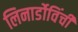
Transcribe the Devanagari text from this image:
लिनार्डोविंची